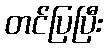
တင်ပြပြီး